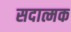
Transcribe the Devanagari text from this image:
सदात्मक